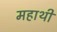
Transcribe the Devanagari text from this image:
महाथी